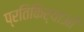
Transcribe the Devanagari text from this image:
प्रतिकिर्याओं